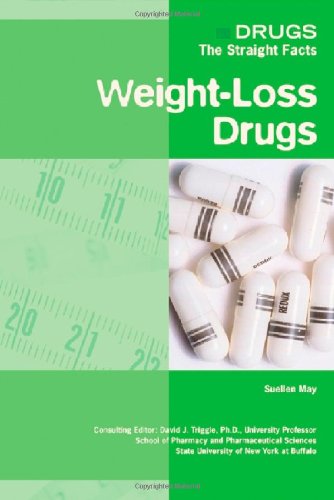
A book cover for Weight Loss Drugs (Drugs: the Straight Facts); Suellen May; Teen & Young Adult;